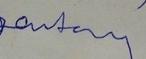
Signature authenticity: forged